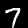
Digit: 7